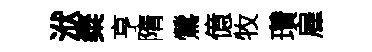
洑粲亨隋鶯億牧瓚雇